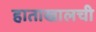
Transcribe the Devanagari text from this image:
हाताखालची